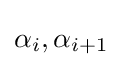
\alpha _{i},\alpha _{i+1}